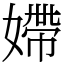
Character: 𡠹